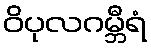
ဝိပုလဂမ္ဘီရံ